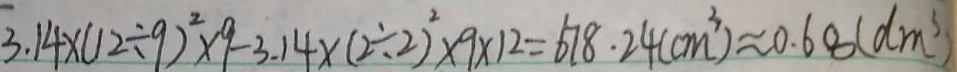
3 . 1 4 \times ( 1 2 \div 9 ) ^ { 2 } \times 9 - 3 . 1 4 \times ( 2 \div 2 ) ^ { 2 } \times 9 \times 1 2 = 6 7 8 . 2 4 ( c m ^ { 3 } ) \approx 0 . 6 8 ( d m ^ { 3 } )